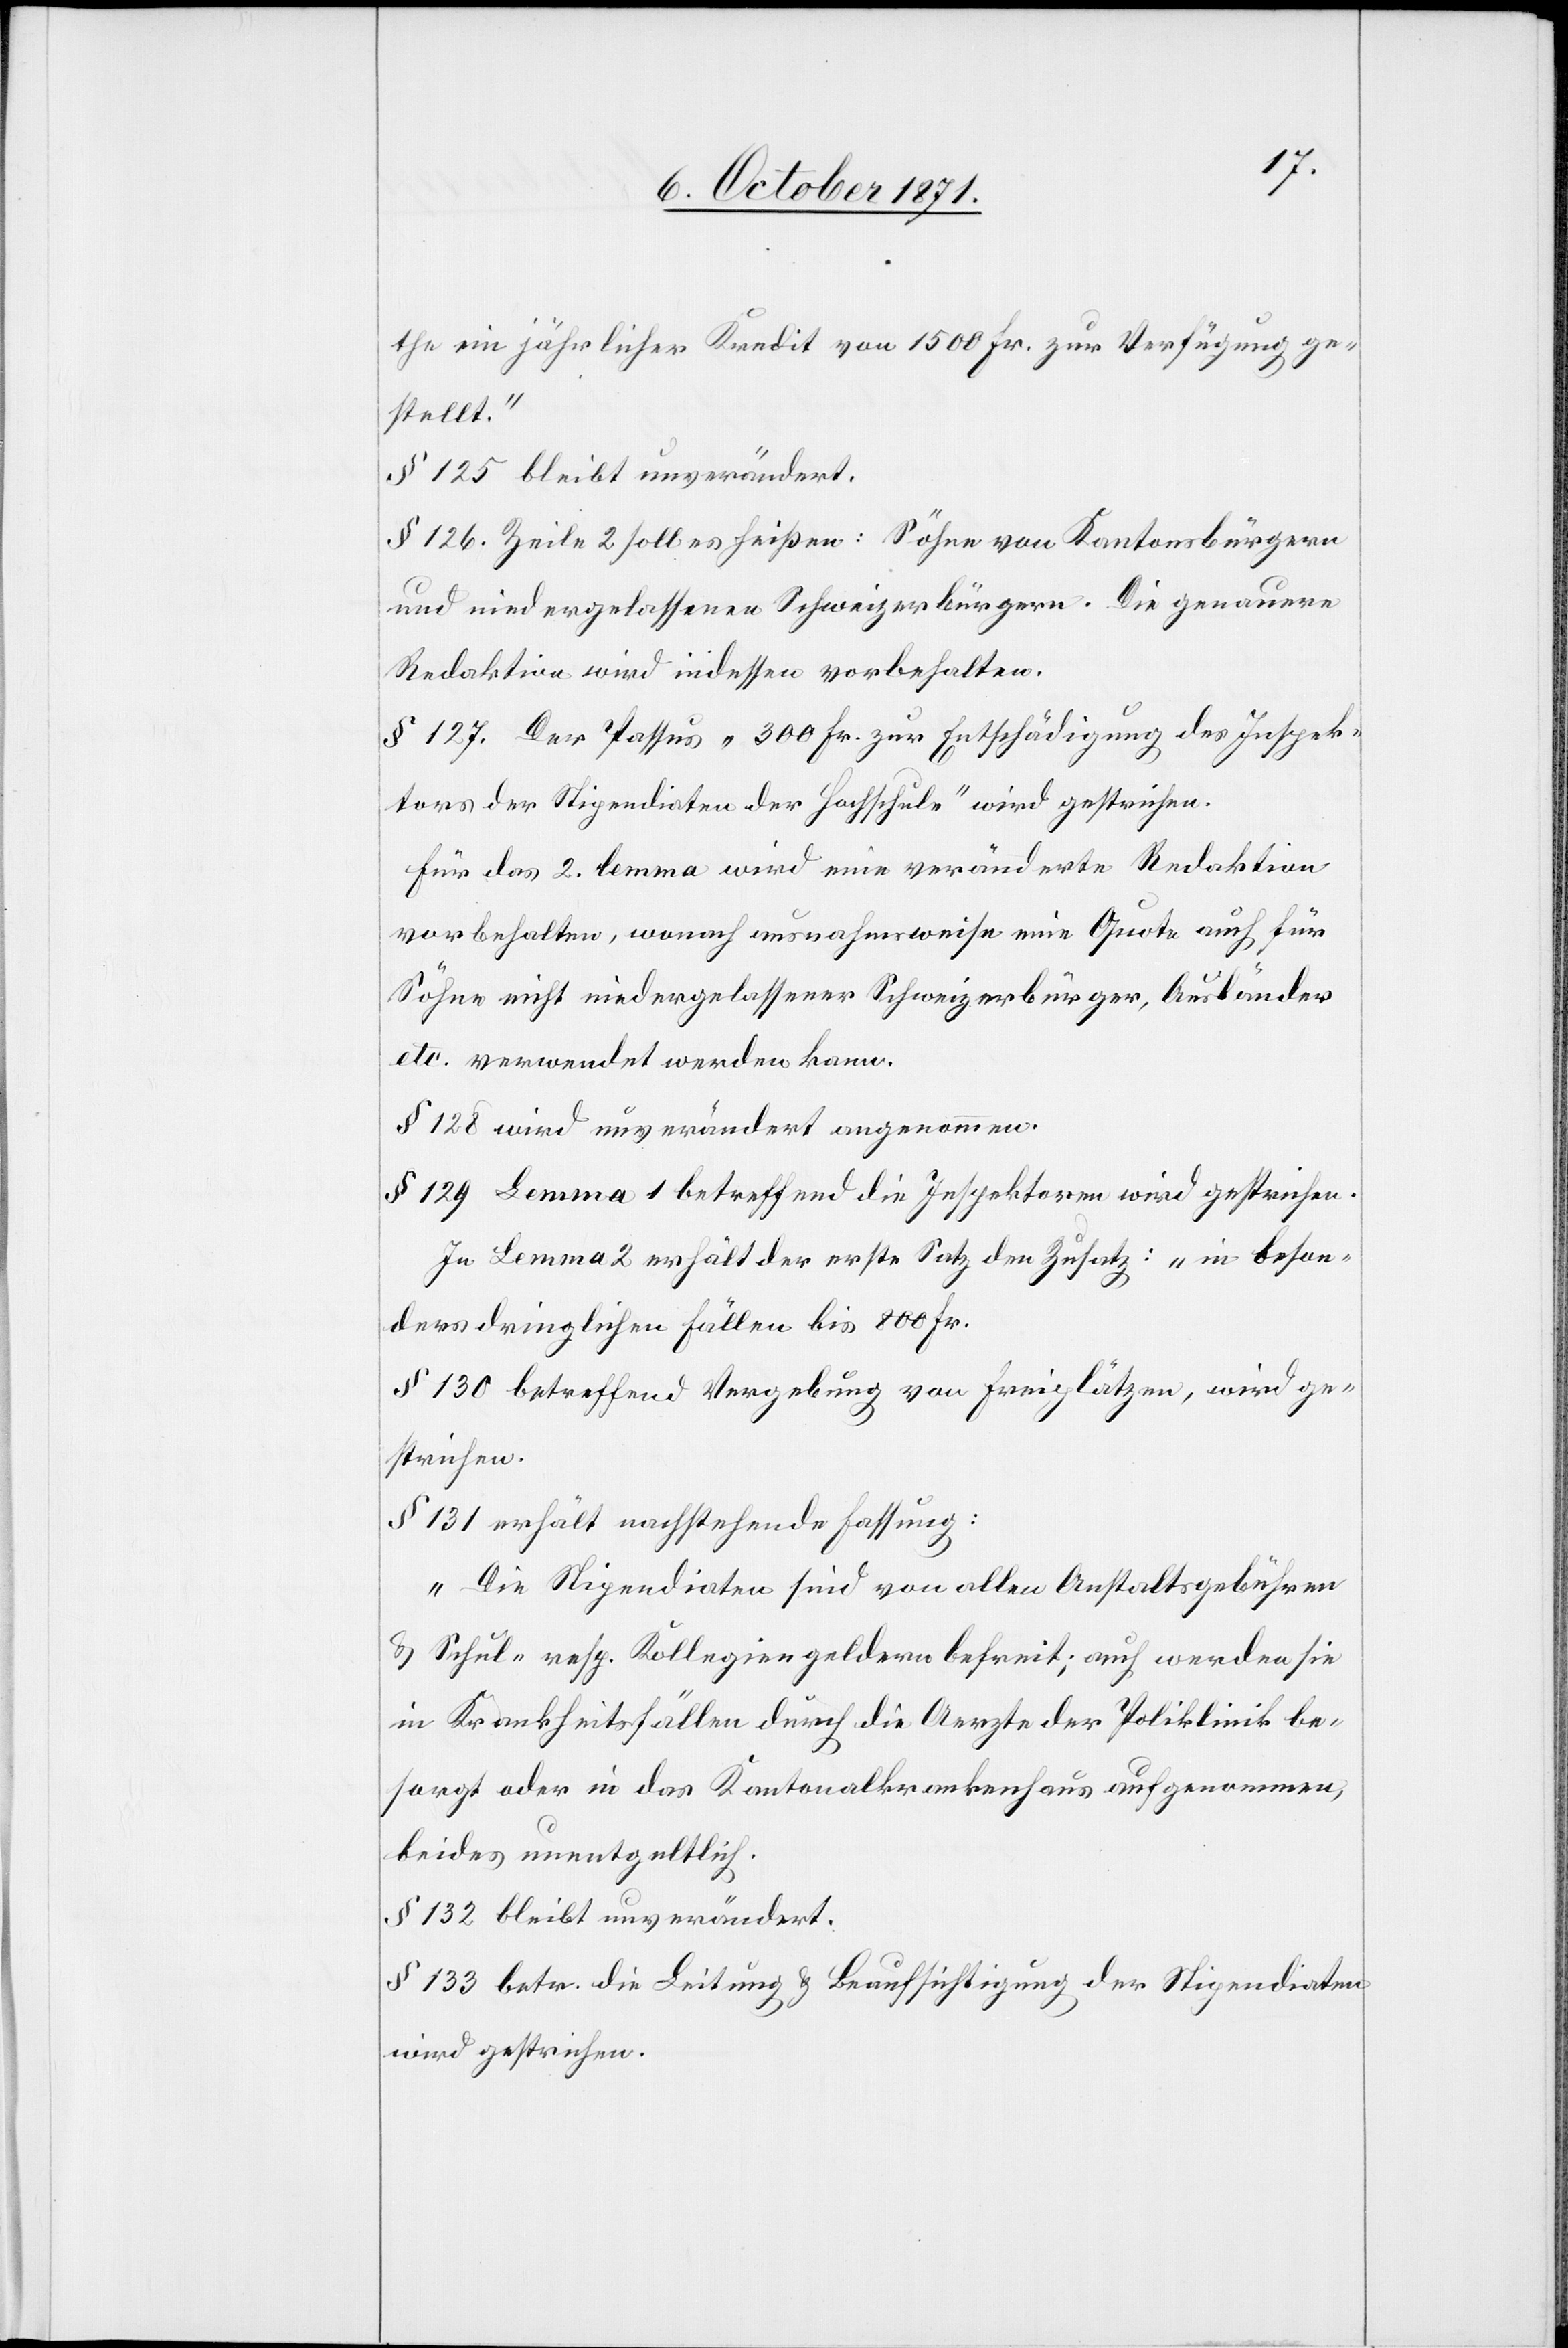
the ein jährlicher Kredit von 1500 Fr. zur Verfügung ge¬
stellt.“
§ 125 bleibt unverändert.
§ 126. Zeile 2 soll es heißen: Söhne von Kantonsbürgern
und niedergelassenen Schweizerbürgern. Die genauere
Redaktion wird indessen vorbehalten.
§ 127. Der Passus „300 Fr. zur Entschädigung des Inspek¬
tors der Stipendiaten der Fachschule“ wird gestrichen.
Für das 2. lemma wird eine veränderte Redaktion
vorbehalten, wonach ausnahmsweise eine Quote auch für
Söhne nicht niedergelassener Schweizerbürger, Ausländer
etc. verwendet werden kann.
§ 128 wird unverändert angenommen.
§ 129 Lemma 1 betreffend die Inspektoren wird gestrichen.
In Lemma 2 erhält der erste Satz den Zusatz: „in beson¬
ders dringlichen Fällen bis 800 Fr.“
§ 130 betreffend Vergebung von Freiplätzen, wird ge¬
strichen.
§ 131 erhält nachstehende Fassung:
„Die Stipendiaten sind von allen Anstaltsgebühren
& Schul- resp. Kollegiengeldern befreit; auch werden sie
in Krankheitsfällen durch die Aerzte der Poliklinik be¬
sorgt oder in das Kantonalkrankenhaus aufgenommen,
beides unentgeltlich.“
§ 132 bleibt unverändert.
§ 133 betr. die Leitung & Beaufsichtigung der Stipendiaten
wird gestrichen.